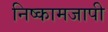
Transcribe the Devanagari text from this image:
निष्कामजापी